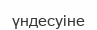
үндесуіне